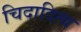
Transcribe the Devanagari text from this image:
चिदादित्य